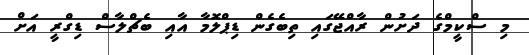
މި ސްކީމްގެ ދަށުން ރާއްޖޭގައި ތިބެގެން ޑިޕްލޮމާ އާއި ބެޗްލާސް ޑިގްރީ އަށް